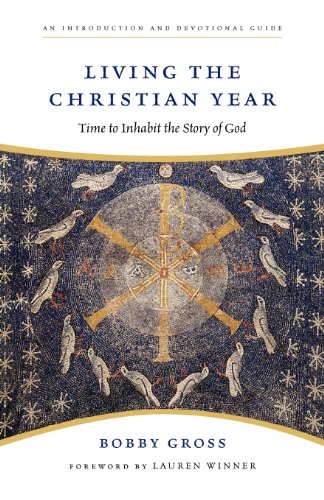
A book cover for Living the Christian Year: Time to Inhabit the Story of God; Bobby Gross; Christian Books & Bibles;